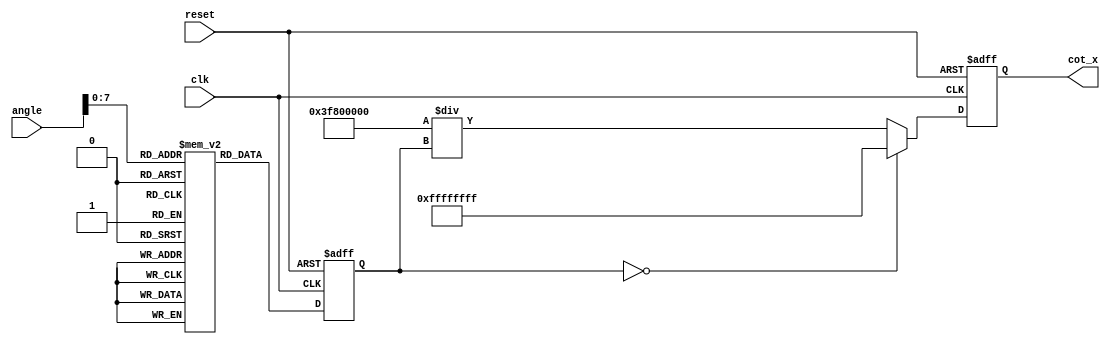
module cotangent (
    input  wire [31:0] angle,      // Input angle in radians (32 bits)
    output reg  [31:0] cot_x,      // Cotangent output (32 bits)
    input  wire clk,                // Clock signal
    input  wire reset               // Reset signal
);

    reg [31:0] tan_x;               // Variable to store tangent value
    wire [31:0] tan_x_lut;          // Tangent value from LUT

    // Simple Tangent Lookup Table (for example purposes)
    // In a real implementation, this LUT should cover the range of angles
    reg [31:0] tan_lut [0:255];     // Example LUT size, adjust as needed

    initial begin
        // Populate the tangent lookup table with example values.
        // You will need to fill this with actual tangent values.
        tan_lut[0] = 32'h00000000; // tan(0) = 0
        tan_lut[1] = 32'h3F800000; // tan(PI/4) = 1
        // ... Fill in the rest of the LUT ...
        tan_lut[255] = 32'hFFFFFFFF; // Example value, adjust as needed
    end

    // Tangent calculation block
    always @(posedge clk or posedge reset) begin
        if (reset) begin
            tan_x <= 32'd0;
        end else begin
            // Assuming input angle is properly scaled to index into LUT
            // Here we take the lower 8 bits of the angle for LUT indexing
            tan_x <= tan_lut[angle[7:0]];
        end
    end

    // Reciprocal calculation block
    always @(posedge clk or posedge reset) begin
        if (reset) begin
            cot_x <= 32'd0;
        end else begin
            // Check for undefined behavior (if tan_x is zero)
            if (tan_x == 32'd0) begin
                cot_x <= 32'hFFFFFFFF; // Representing infinity or undefined (you can choose a better representation)
            end else begin
                // Calculate reciprocal of tangent
                cot_x <= (32'h3F800000 / tan_x); // 1.0 in fixed point divided by tan_x
            end
        end
    end
endmodule